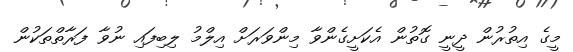
މީގެ އިތުރުން ދީނީ ގޮތުން އެކަށީގެންވާ މިންވަރަށް އިލްމު ލިބިފައި ނުވާ ފަރާތްތަކުން